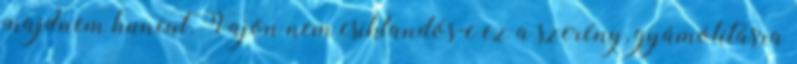
majdnem huncut. Vajon nem csiklandós-e ez a szerény, gyámolításra